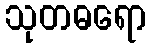
သုတဓရော